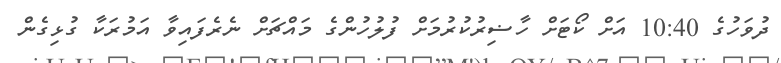
ދުވަހުގެ 10:40 އަށް ކޯޓަށް ހާޟިރުކުރުމަށް ފުލުހުންގެ މައްޗަށް ނެރެފައިވާ އަމުރަކާ ގުޅިގެން